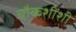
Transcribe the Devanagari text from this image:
चौकशींशी